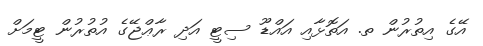
އޭގެ އިތުރުން ތ. އަތޮޅާއި އައްޑޫ ސިޓީ އަދި ރާޢްޖޭގެ އުތުރުން ޓީމަށް